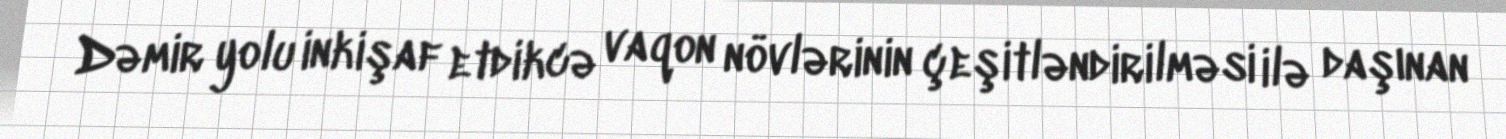
Dəmir yolu inkişaf etdikcə vaqon növlərinin çeşitləndirilməsi ilə daşınan